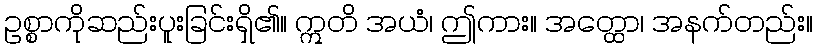
ဥစ္စာကိုဆည်းပူးခြင်းရှိ၏။ ဣတိ အယံ၊ ဤကား။ အတ္ထော၊ အနက်တည်း။